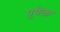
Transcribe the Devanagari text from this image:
पुवेला